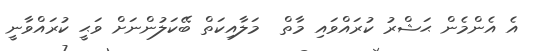
އެ އެންމެން ޙަޝްރު ކުރައްވައި މާތް  މަލާއިކަތް ބޭކަލުންނަށް ވަޙީ ކުރައްވާނީ